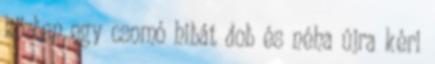
közben egy csomó hibát dob és néha újra kéri